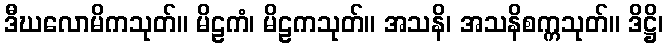
ဒီဃလောမိကသုတ်။ မိဠကံ၊ မိဠကသုတ်။ အသနိ၊ အသနိစက္ကသုတ်။ ဒိဋ္ဌိ၊